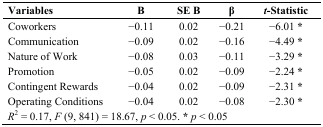
<table><thead><tr><td><b>Variables</b></td><td><b>B</b></td><td><b>SE B</b></td><td><b>β</b></td><td><b><i>t</i>-Statistic</b></td></tr></thead><tbody><tr><td>Coworkers</td><td>−0.11</td><td>0.02</td><td>−0.21</td><td>−6.01 <b>*</b></td></tr><tr><td>Communication</td><td>−0.09</td><td>0.02</td><td>−0.16</td><td>−4.49 <b>*</b></td></tr><tr><td>Nature of Work</td><td>−0.08</td><td>0.03</td><td>−0.11</td><td>−3.29 <b>*</b></td></tr><tr><td>Promotion</td><td>−0.05</td><td>0.02</td><td>−0.09</td><td>−2.24 <b>*</b></td></tr><tr><td>Contingent Rewards</td><td>−0.04</td><td>0.02</td><td>−0.09</td><td>−2.31 <b>*</b></td></tr><tr><td>Operating Conditions</td><td>−0.04</td><td>0.02</td><td>−0.08</td><td>−2.30 <b>*</b></td></tr><tr><td colspan="5"><i>R</i><sup>2</sup> = 0.17, <i>F</i> (9, 841) = 18.67, <i>p</i> &lt; 0.05. <b>*</b><i>p</i> &lt; 0.05</td></tr></tbody></table>